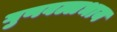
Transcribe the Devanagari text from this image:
गुणवल्लभाय